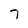
Character: 7